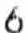
6